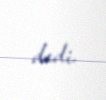
dedi.